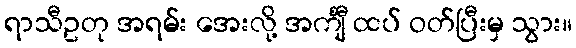
ရာသီဥတု အရမ်း အေးလို့ အင်္ကျီ ထပ် ဝတ်ပြီးမှ သွား။